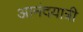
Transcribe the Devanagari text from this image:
आनंदयात्री